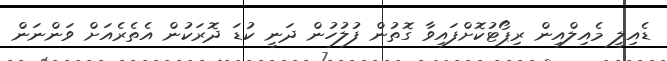
ޑެއިލީ މެއިލްއިން ރިޕޯޓުކޮށްފައިވާ ގޮތުން ފުލުހުން ދަނީ ކުޑަ ދޮރަކުން އެތެރެއަށް ވަންނަން